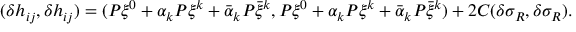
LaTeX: ( \delta h _ { i j } , \delta h _ { i j } ) = ( P \xi ^ { 0 } + \alpha _ { k } P \xi ^ { k } + \bar { \alpha } _ { k } P \bar { \xi } ^ { k } , P \xi ^ { 0 } + \alpha _ { k } P \xi ^ { k } + \bar { \alpha } _ { k } P \bar { \xi } ^ { k } ) + 2 C ( \delta \sigma _ { R } , \delta \sigma _ { R } ) .